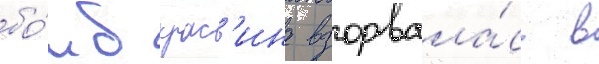
бо́мб крас'ина взорвала́сь в